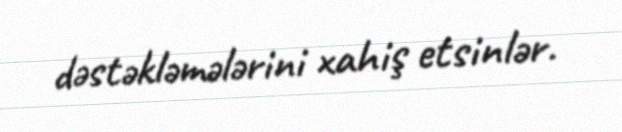
dəstəkləmələrini xahiş etsinlər.